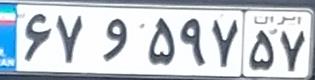
۶۷و۵۹۷۵۷